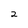
Character: 2